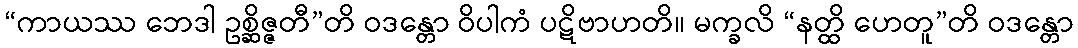
“ကာယဿ ဘေဒါ ဥစ္ဆိဇ္ဇတီ”တိ ဝဒန္တော ဝိပါကံ ပဋိဗာဟတိ။ မက္ခလိ “နတ္ထိ ဟေတူ”တိ ဝဒန္တော